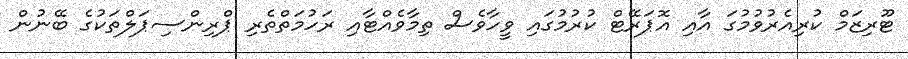
ޓޫރިޒަމް ކުރިއެރުވުމުގަ އާއި އޮޕަރޭޓް ކުރުމުގައި ވީހާވެސް ތިމާވެއްޓާއި ރަހުމަތްތެރި ޕްރިންސިޕަލްތަކުގެ ބޭނުން